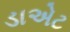
ડાએટ